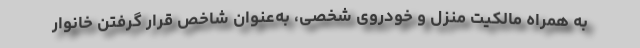
به همراه مالکیت منزل و خودروی شخصی، به‌عنوان شاخص قرار گرفتن خانوار